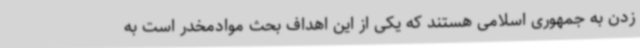
زدن به جمهوری اسلامی هستند که یکی از این اهداف بحث موادمخدر است به